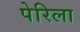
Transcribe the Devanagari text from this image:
पेरिला